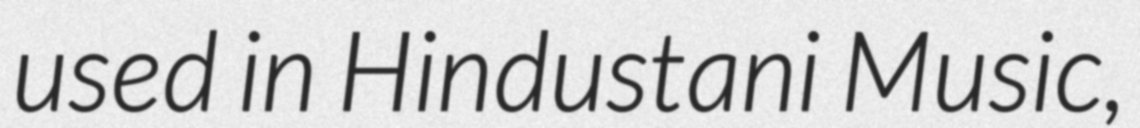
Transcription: used in Hindustani Music,